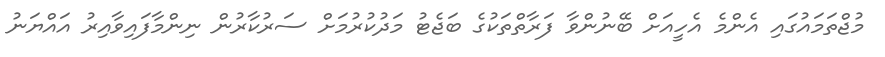
މުޖްތަމައުގައި އެންމެ އެހީއަށް ބޭނުންވާ ފަރާތްތަކުގެ ބަޖެޓު މަދުކުރުމަށް ސަރުކާރުން ނިންމާފައިވާއިރު އައްޔަނު